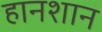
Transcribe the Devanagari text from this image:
हानशान